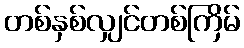
တစ်နှစ်လျှင်တစ်ကြိမ်